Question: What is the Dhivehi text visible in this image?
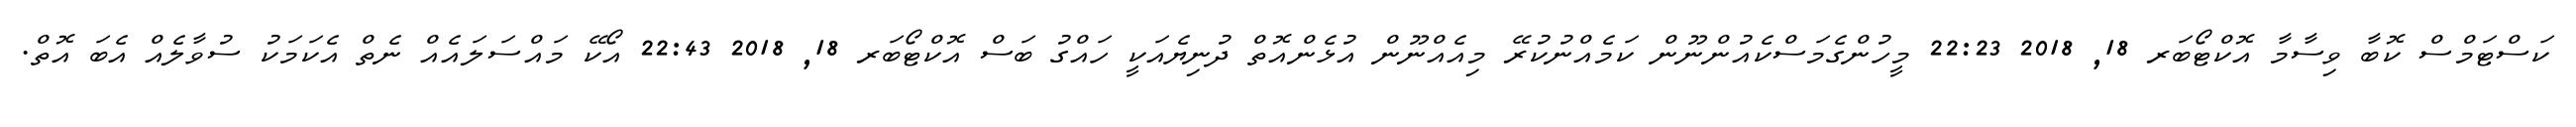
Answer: ކަސްޓަމްސް ކޮބާ ވިސާމާ އޮކްޓޯބަރ 18, 2018 22:23 މީހުންގެމަސްކެއުންނޫން ކަމެއްނުކުރޭ މިއެއްނޫން އުޅެންއޮތް ދުނިޔެއަކީ ހައްގު ބަސް އޮކްޓޯބަރ 18, 2018 22:43 އޯކޭ މައްސަލައެއް ނެތް އެކަމަކު ސުވާލެއް އެބަ އޮތް.